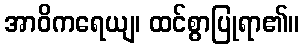
အာဝိကရေယျ၊ ထင်စွာပြုရာ၏။